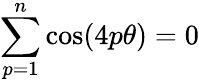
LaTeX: \sum_{p=1}^{n}\cos(4p\theta)=0